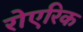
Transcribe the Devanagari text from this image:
रोएरिक